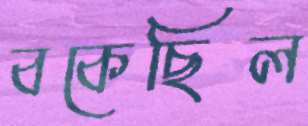
বকেছিল